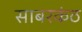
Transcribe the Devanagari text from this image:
साबरकंठ